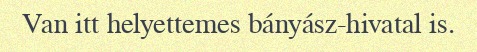
Van itt helyettemes bányász-hivatal is.